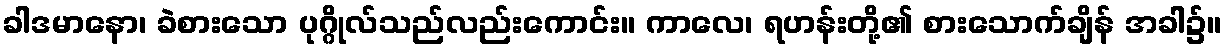
ခါဒမာနော၊ ခဲစားသော ပုဂ္ဂိုလ်သည်လည်းကောင်း။ ကာလေ၊ ရဟန်းတို့၏ စားသောက်ချိန် အခါ၌။